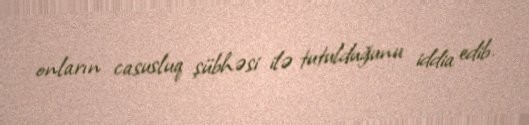
onların casusluq şübhəsi ilə tutulduğunu iddia edib.